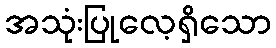
အသုံးပြုလေ့ရှိသော